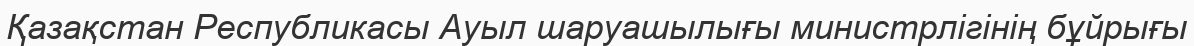
Қазақстан Республикасы Ауыл шаруашылығы министрлігінің бұйрығы